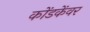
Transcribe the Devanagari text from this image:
कोंडकेंवर